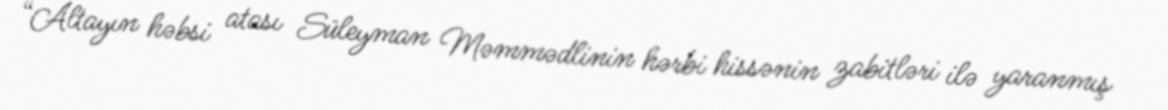
“Altayın həbsi atası Süleyman Məmmədlinin hərbi hissənin zabitləri ilə yaranmış